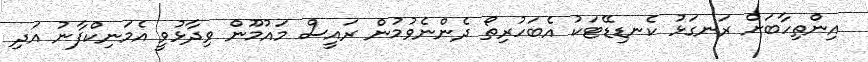
އިންތިހާބަށް ރަނގަޅު ކެނޑިޑޭޓަކު އެބަހުރިތޯ ދެންނެވުމުން ރައީސް މައުމޫން ވިދާޅުވީ އެމަނިކްފާނު އަދި